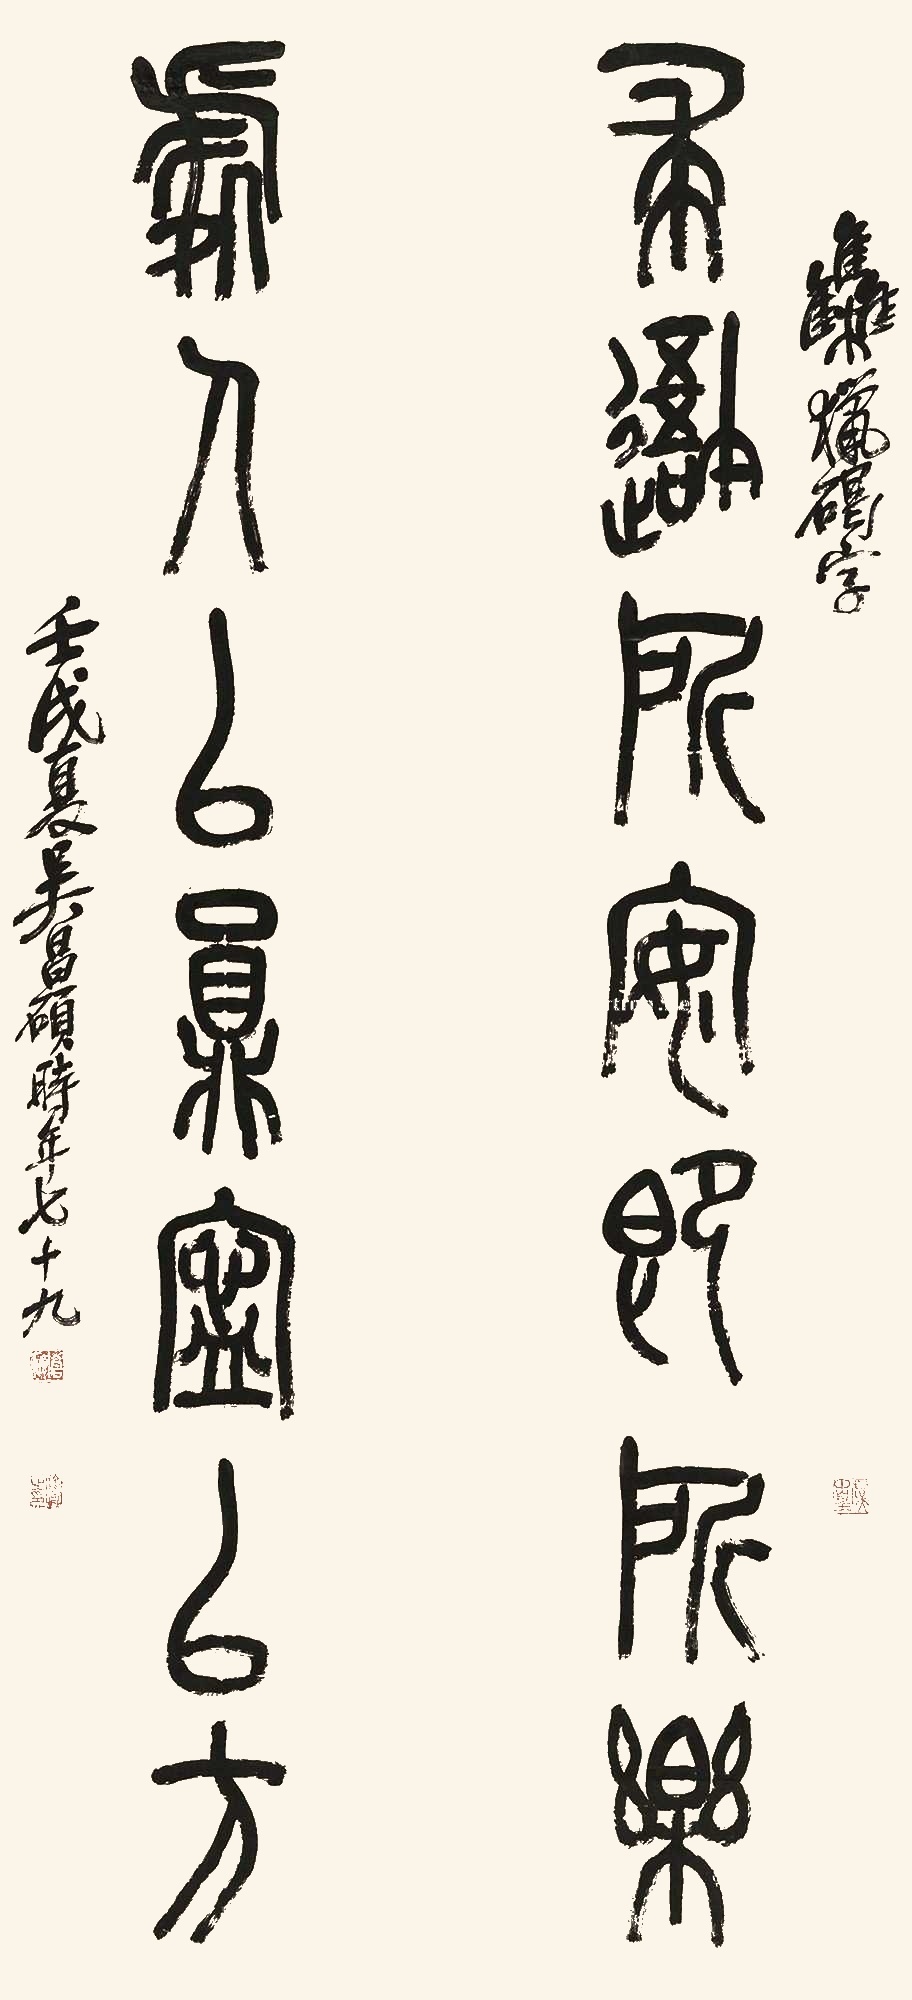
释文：求吾所安即所乐，处人以圆宁以方。集猎碣字。壬戌夏，吴昌硕时年七十九。